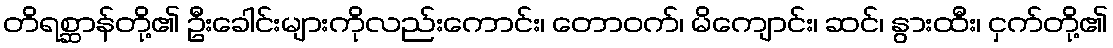
တိရစ္ဆာန်တို့၏ ဦးခေါင်းများကိုလည်းကောင်း၊ တောဝက်၊ မိကျောင်း၊ ဆင်၊ နွားထီး၊ ငှက်တို့၏